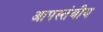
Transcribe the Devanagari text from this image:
आपस्तंबीय